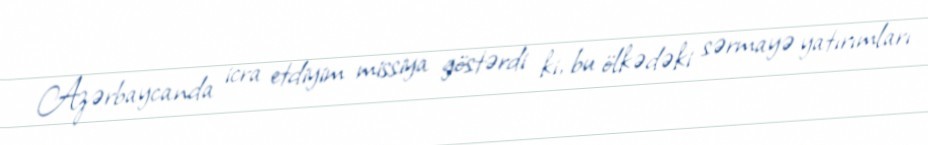
Azərbaycanda icra etdiyim missiya göstərdi ki, bu ölkədəki sərmayə yatırımları